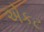
એકટ